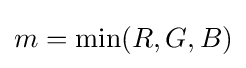
m=\min(R,G,B)